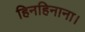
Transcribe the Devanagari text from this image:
हिनहिनाना।